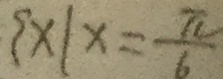
\{ x \vert x = \frac { \pi } { 6 }